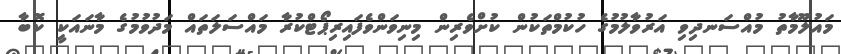
މައުލޫމާތު މުއްސަނދިވި އަރުވާލުމުގެ ހުކުމްތަކުން ކުށްވެރިން މިނިވަންވެފައިރިޕޯޓްކުރާ މައްސަލަތައް މަދުވުމުގެ މާނައަކީ ކޮބާ